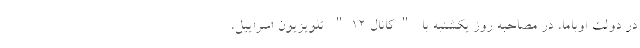
در دولت اوباما، در مصاحبه روز یکشنبه با "کانال 12" تلویزیون اسراییل،